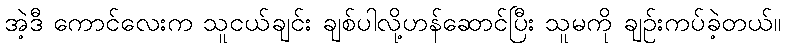
အဲ့ဒီ ကောင်လေးက သူငယ်ချင်း ချစ်ပါလို့ဟန်ဆောင်ပြီး သူမကို ချဉ်းကပ်ခဲ့တယ်။